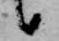
候